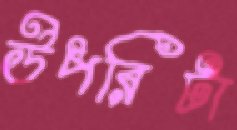
উপরিটা